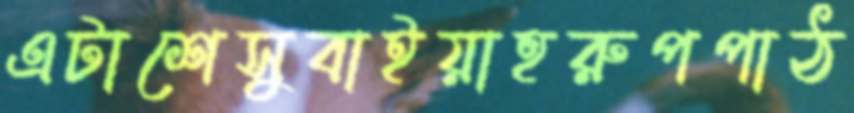
এটাশেসুবাইয়াহরুপপাঠ